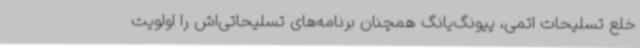
خلع تسلیحات اتمی، پیونگ‌یانگ همچنان برنامه‌های تسلیحاتی‌اش را اولویت